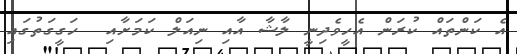
އެ ކަންތައް ކުރަން އެހީވެދިނީ ލާޝާ އާއި ނިއަލް ކަމަށާއި  ހަގީގަތުގައި